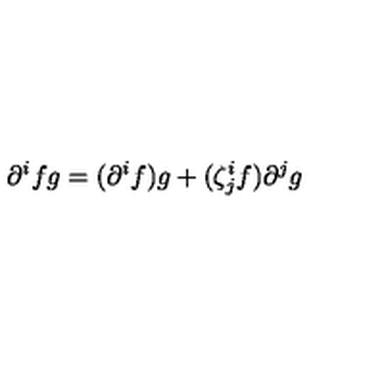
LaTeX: \partial ^ { i } f g = ( \partial ^ { i } f ) g + ( \zeta _ { j } ^ { i } f ) \partial ^ { j } g